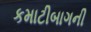
કમાટીબાગની